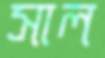
সাল